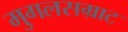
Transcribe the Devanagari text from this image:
मुगलसम्राट